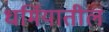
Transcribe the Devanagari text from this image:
धर्मियातील